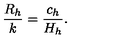
\frac { R _ { h } } { k } = \frac { c _ { h } } { H _ { h } } .